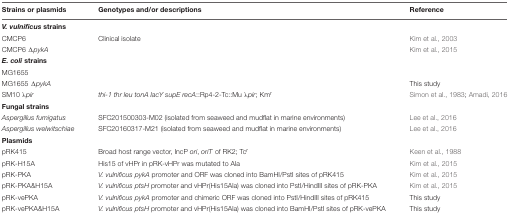
<table><thead><tr><td><b>Strains or plasmids</b></td><td><b>Genotypes and/or descriptions</b></td><td><b>Reference</b></td></tr></thead><tbody><tr><td><b><i>V. vulnificus</i> strains</b></td><td></td><td></td></tr><tr><td>CMCP6</td><td>Clinical isolate</td><td>Kim et al., 2003</td></tr><tr><td>CMCP6 Δ<i>pykA</i></td><td></td><td>Kim et al., 2015</td></tr><tr><td><b><i>E. coli</i> strains</b></td><td></td><td></td></tr><tr><td>MG1655</td><td></td><td></td></tr><tr><td>MG1655 Δ<i>pykA</i></td><td></td><td>This study</td></tr><tr><td>SM10 λ<i>pir</i></td><td><i>thi-1 thr leu tonA lacY supE recA</i>::Rp4-2-Tc::Mu λ<i>pir</i>; Km<sup>r</sup></td><td>Simon et al., 1983; Amadi, 2016</td></tr><tr><td><b>Fungal strains</b></td><td></td><td></td></tr><tr><td><i>Aspergillus fumigatus</i></td><td>SFC201500303-M02 (isolated from seaweed and mudflat in marine environments)</td><td>Lee et al., 2016</td></tr><tr><td><i>Aspergillus welwitschiae</i></td><td>SFC20160317-M21 (isolated from seaweed and mudflat in marine environments)</td><td>Lee et al., 2016</td></tr><tr><td><b>Plasmids</b></td><td></td><td></td></tr><tr><td>pRK415</td><td>Broad host range vector, IncP <i>ori</i>, <i>oriT</i> of RK2; Tc<sup>r</sup></td><td>Keen et al., 1988</td></tr><tr><td>pRK-H15A</td><td>His15 of vHPr in pRK-vHPr was mutated to Ala</td><td>Kim et al., 2015</td></tr><tr><td>pRK-PKA</td><td><i>V. vulnificus pykA</i> promoter and ORF was cloned into BamHI/PstI sites of pRK415</td><td>Kim et al., 2015</td></tr><tr><td>pRK-PKA&amp;H15A</td><td><i>V. vulnificus ptsH</i> promoter and vHPr(His15Ala) was cloned into PstI/HindIII sites of pRK-PKA</td><td>Kim et al., 2015</td></tr><tr><td>pRK-vePKA</td><td><i>V. vulnificus pykA</i> promoter and chimeric ORF was cloned into PstI/HindIII sites of pRK415</td><td>This study</td></tr><tr><td>pRK-vePKA&amp;H15A</td><td><i>V. vulnificus ptsH</i> promoter and vHPr(His15Ala) was cloned into BamHI/PstI sites of pRK-vePKA</td><td>This study</td></tr></tbody></table>